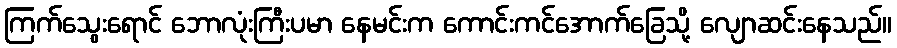
ကြက်သွေးရောင် ဘောလုံးကြီးပမာ နေမင်းက ကောင်းကင်အောက်ခြေသို့ လျောဆင်းနေသည်။